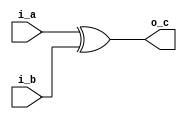
module myxor(
        input i_a,
        input i_b,
        output o_c
);
        
        assign o_c = i_a ^ i_b;
endmodule